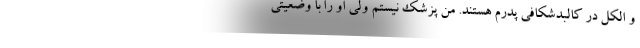
و الکل در کالبدشکافی پدرم هستند. من پزشک نیستم ولی او را با وضعیتی